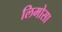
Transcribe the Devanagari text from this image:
लिमोसा